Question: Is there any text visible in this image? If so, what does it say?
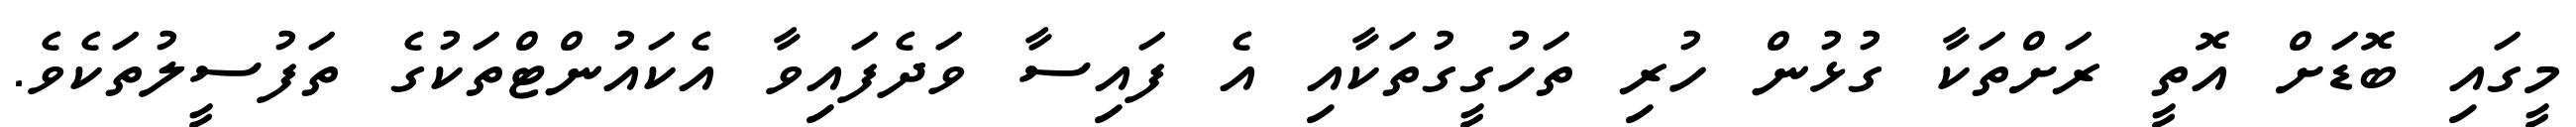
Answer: މީގައި ބޮޑަށް އޮތީ ރަށްތަކާ ގުޅުން ހުރި ތަހުގީގުތަކާއި އެ ފައިސާ ވަދެފައިވާ އެކައުންޓްތަކުގެ ތަފުސީލުތަކެވެ.